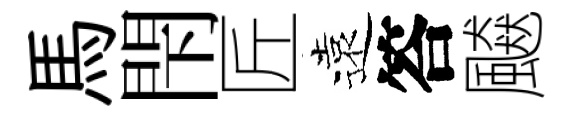
馬閇匠遠答飇